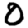
Digit: 0